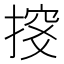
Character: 𢱇